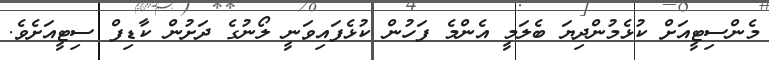
މެންސިޓީއަށް ކުޅެމުންދިޔަ ބެލަމީ އެންމެ ފަހުން ކުޅެފައިވަނީ ލޯނުގެ ދަށުން ކާޑިފް ސިޓީއަށެވެ.